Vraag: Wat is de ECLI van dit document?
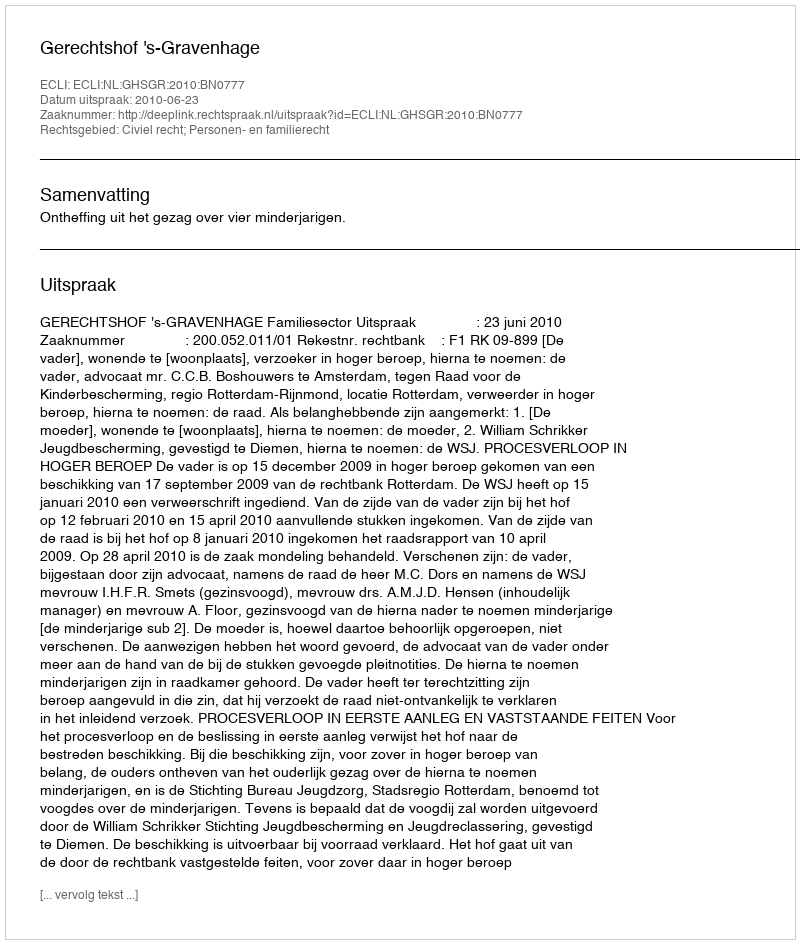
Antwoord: ECLI:NL:GHSGR:2010:BN0777